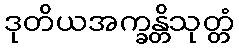
ဒုတိယအက္ခန္တိသုတ္တံ